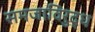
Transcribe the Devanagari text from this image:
समजाविरुद्ध